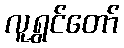
လူရွှင်တော်